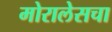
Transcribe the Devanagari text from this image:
मोरालेसचा